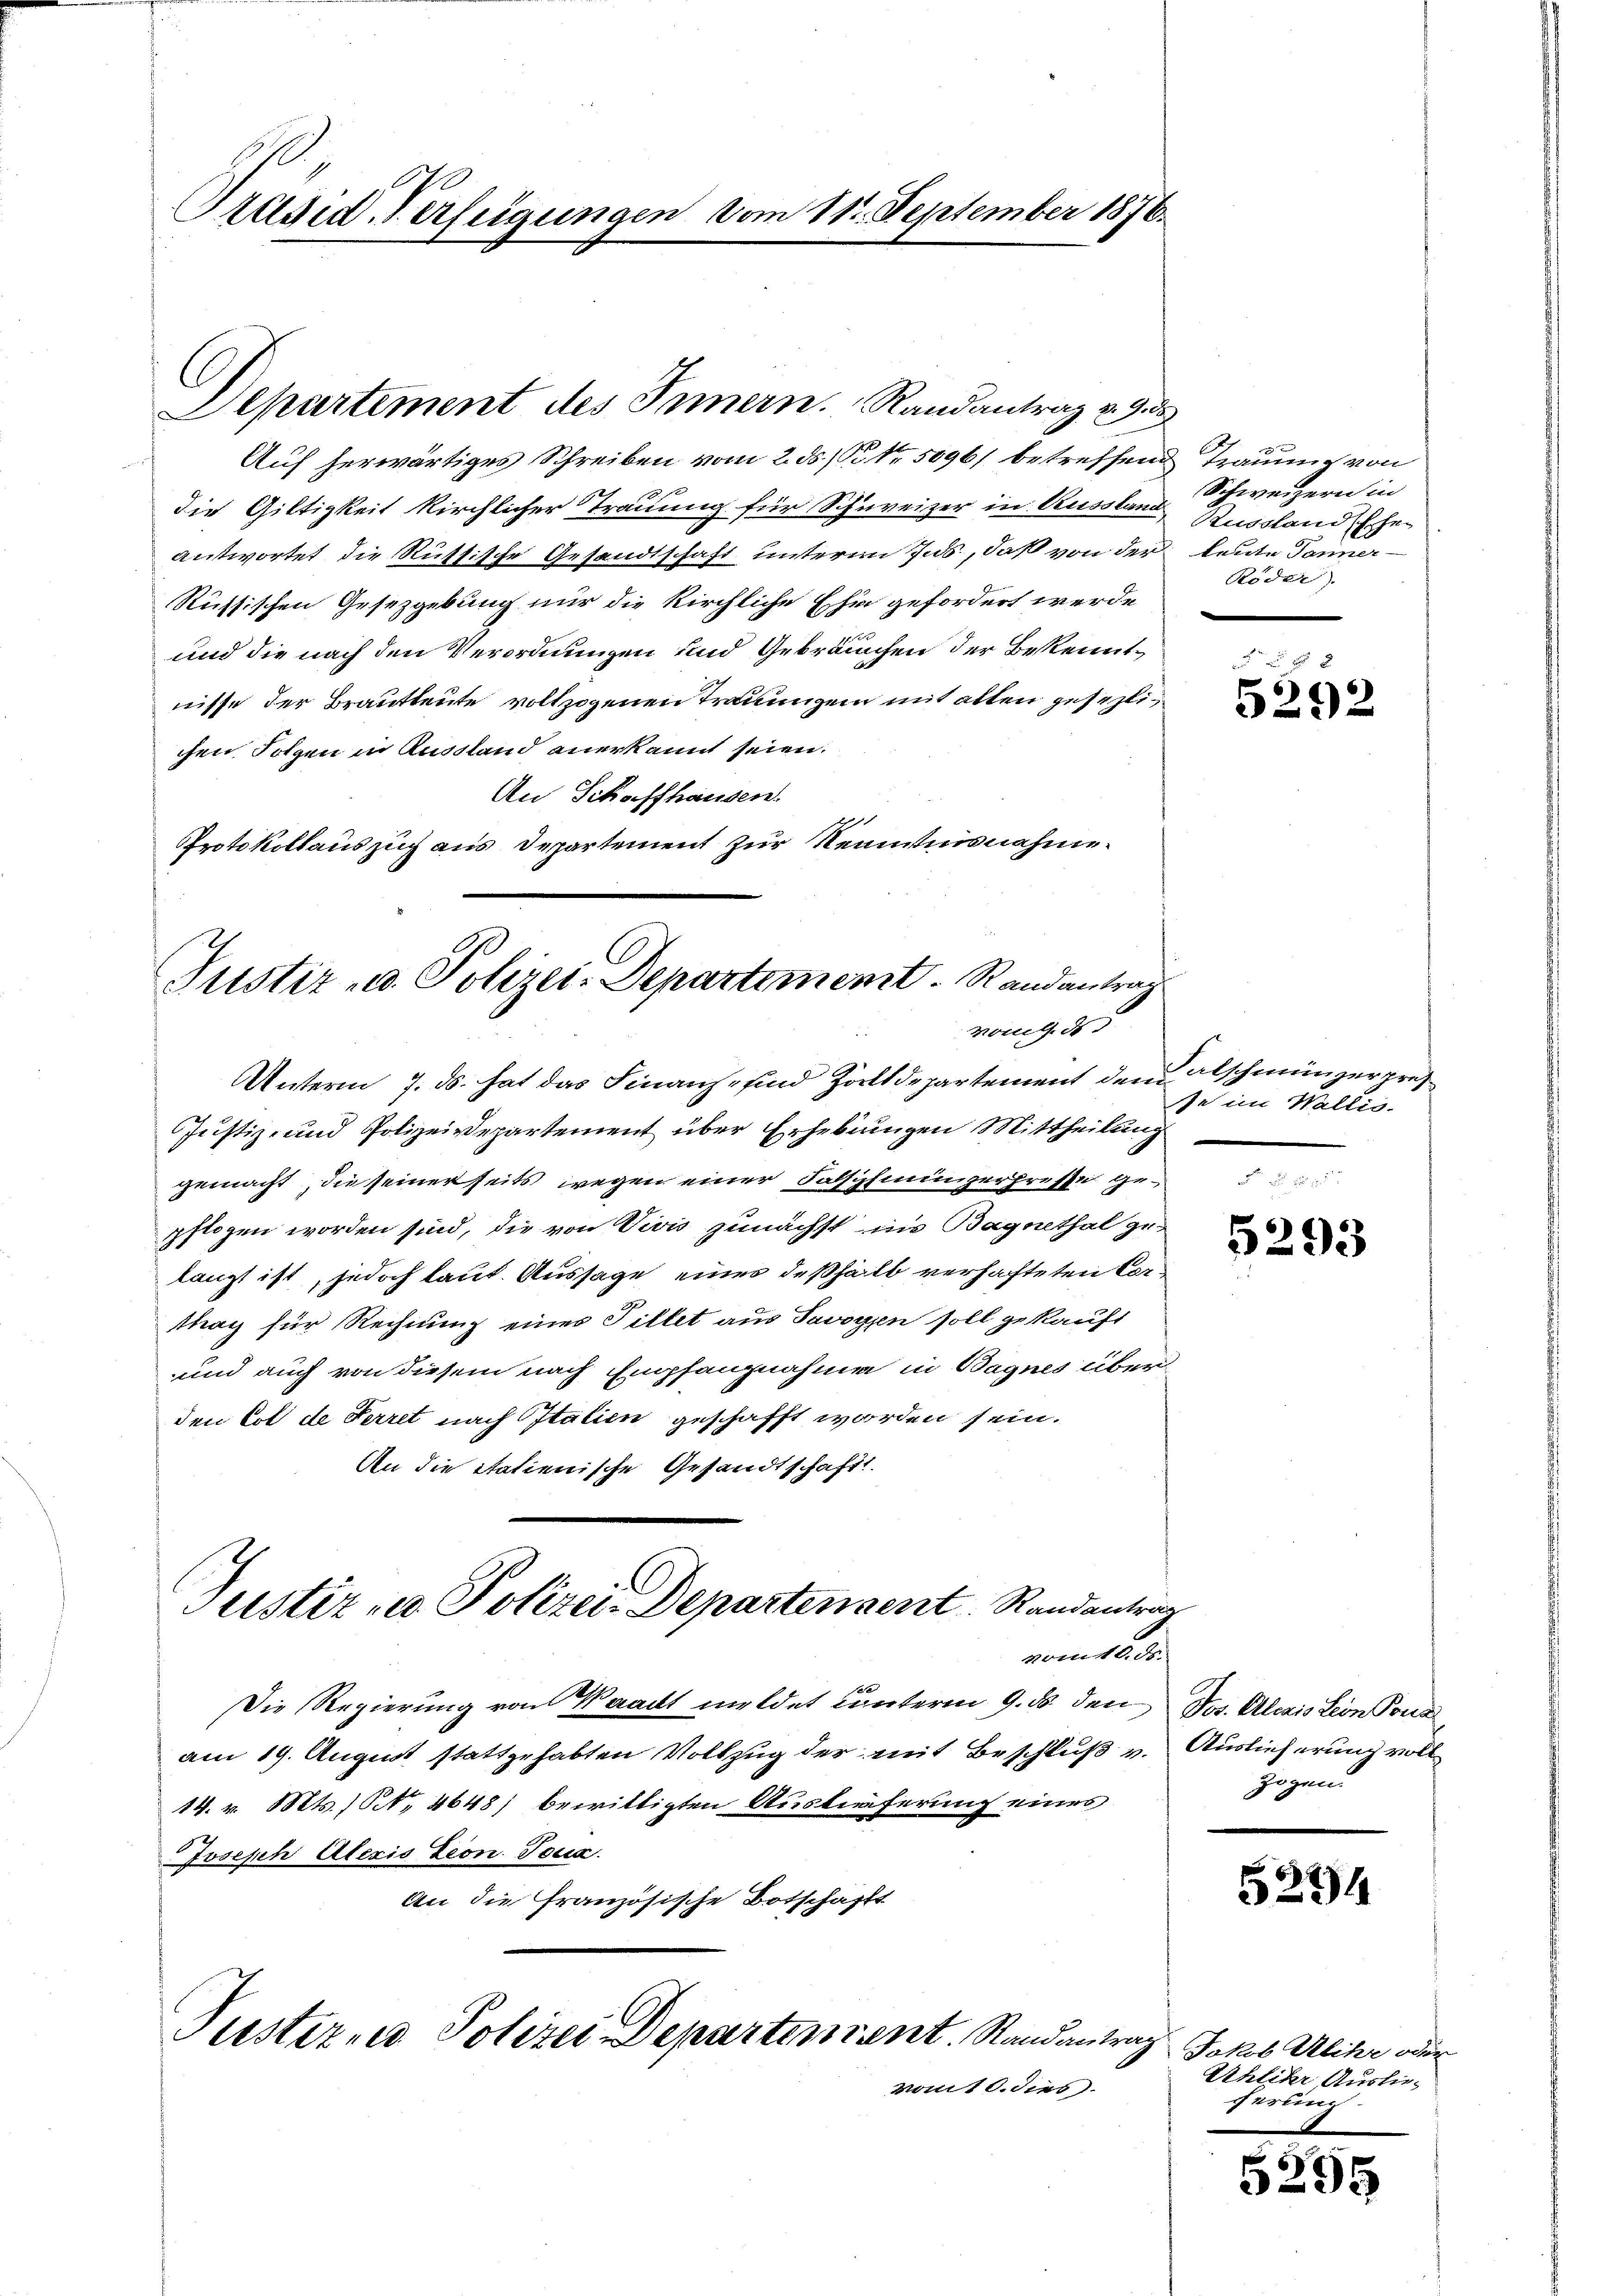
Präsid. Verfügunge

Departement des Innern. Randantrag v. 9. ds

Auf herwärtiges Schreiben vom 2. ds. P. Nr. 5096/ betreffend Traumig von
die Giltigkeit kirchlicher Trauung für Schweizer in Kussten Russland her
antwortet die Rüttische Gesandtschaft unterm 7. ds., daß von der leute Tonner¬
Russischen Gesetzgebung nur die kirchliche Ehe gefordert werde
und die nach den Verordnungen und Gebräuchen der Bekenntnisse der Brautleute vollzogenen Träumigen mit alten gesezlichen Folgen in Aussland anerkannt seien.
An Schaffhausen.
Protokollauszug aus Departement zur Kenntnisnahme.

Justiz- u. Polizei-Departement. Randantrag
vom 9. ds
Unterm 7. ds. hat das Finanz- und Zolldepartement dem Abschmünzerpres

Justiz- u Polizei-Departendent Randentrag

Justiz- und Polizeisepartement über Erhebungen Mittheilung
gemacht, die seinerseits wegen einer Falschiningerpresse gepflogen worden sind, die von Vivis zunächst in Bagnethal ge-
langt ist, jedoch laut. Aussage eines deßhalb verhafteten Cortag für Rechnung eines Tillet aus Savoyen soll gekauft
und auch von diesem nach Empfangnahme in Bagnes über
den tot de Perret nach Italien geschafft worden sein.
An die itatienische Gesandtschaft.
vom 12. ds.
Die Regierung von Waadt meldet unterm 9. ds. den Jos. Alois sein Pont
am 19. August stattgehabten Vollzug der mit Beschluß v. Auslieferung voll
14. v. Mts. No. 4648) bewilligten Auslieferung eines
Joseph Alexis Leon. Toux.
An die französische Botschafft
Justiz und Polizei Departement. Randantrag
vom 10. dies

vom 11. September 1876.

Schweizern in
Röder).

5292

se im Wallis.

5293

zogen.

5234

Jakob Alihr oder
Uhlihr Auslieferling

5295